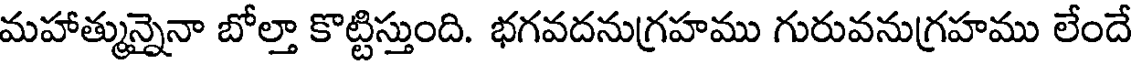
మహాత్మున్నైనా బోల్తా కొట్టిస్తుంది. భగవదనుగ్రహము గురువనుగ్రహము లేందే